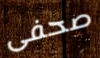
صحفى